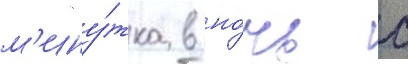
м'ину́тка в но́чь с